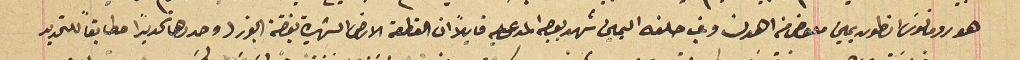
هو رومانوس انطون يمين معوض من اهدن وغب حلفه اليمين شهد بوجه المدعى عليه قايلاً ان القطعة الشهيرة بغضة الجوز وحددها تحديداً مطابقاً للتحديد